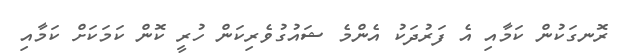
ރޮނގަކުން ކަމާއި އެ ފަރުދަކު އެންމެ ޝައުގުވެރިކަން ހުރީ ކޮން ކަމަކަށް ކަމާއި